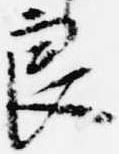
良